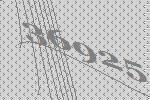
36925